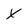
Character: X